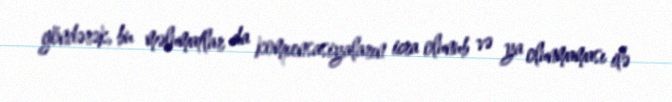
göndərək, bu məlumatlar da kompensasiyaların icra olunub və ya olunmaması ilə